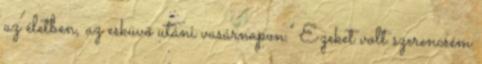
az életben, az esküvő utáni vasárnapon." Ezeket volt szerencsém